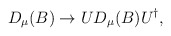
\begin{align*}D_{\mu}(B) \rightarrow UD_{\mu}(B)U^{\dagger},\end{align*}